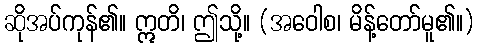
ဆိုအပ်ကုန်၏။ ဣတိ၊ ဤသို့။ (အဝေါစ၊ မိန့်တော်မူ၏။)